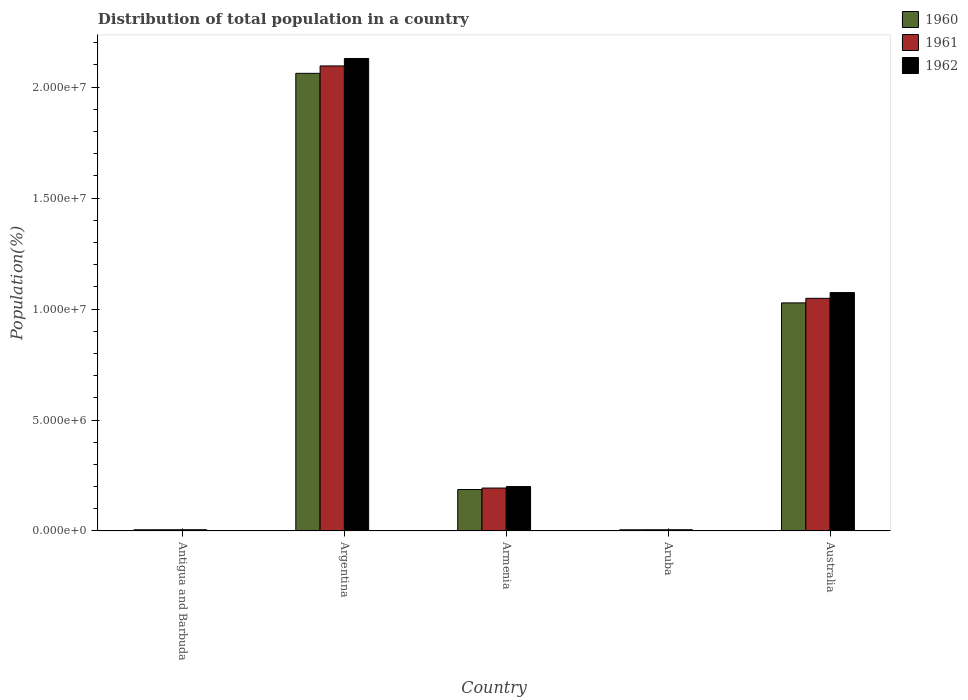
| Country | 1960 | 1961 | 1962 |
 | --- | --- | --- | --- |
 | Antigua and Barbuda | 5.47e+04 | 5.54e+04 | 5.63e+04 |
 | Argentina | 2.06e+07 | 2.1e+07 | 2.13e+07 |
 | Armenia | 1.87e+06 | 1.93e+06 | 2e+06 |
 | Aruba | 5.42e+04 | 5.54e+04 | 5.62e+04 |
 | Australia | 1.03e+07 | 1.05e+07 | 1.07e+07 |